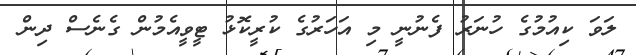
ލަވަ ކިއުމުގެ ހުނަރު ފެނުނީ މި އަހަރުގެ ކުރީކޮޅު ޓީވީއެމުން ގެނެސް ދިން